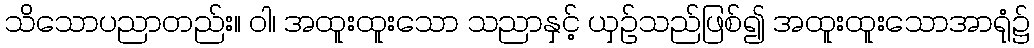
သိသောပညာတည်း။ ဝါ၊ အထူးထူးသော သညာနှင့် ယှဉ်သည်ဖြစ်၍ အထူးထူးသောအာရုံ၌